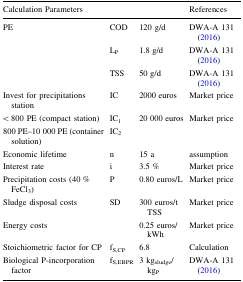
<table><thead><tr><td><b>Calculation Parameters</b></td><td></td><td></td><td><b>References</b></td></tr></thead><tbody><tr><td>PE</td><td>COD</td><td>120 g/d</td><td>DWA-A 131 (2016)</td></tr><tr><td></td><td>L<sub>P</sub></td><td>1.8 g/d</td><td>DWA-A 131 (2016)</td></tr><tr><td></td><td>TSS</td><td>50 g/d</td><td>DWA-A 131 (2016)</td></tr><tr><td>Invest for precipitations station</td><td>IC</td><td>2000 euros</td><td>Market price</td></tr><tr><td>&lt; 800 PE (compact station)</td><td>IC<sub>1</sub></td><td>20 000 euros</td><td>Market price</td></tr><tr><td>800 PE–10 000 PE (container solution)</td><td>IC<sub>2</sub></td><td></td><td></td></tr><tr><td>Economic lifetime</td><td>n</td><td>15 a</td><td>assumption</td></tr><tr><td>Interest rate</td><td>i</td><td>3.5 %</td><td>Market price</td></tr><tr><td>Precipitation costs (40 % FeCl<sub>3</sub>)</td><td>P</td><td>0.80 euros/L</td><td>Market price</td></tr><tr><td>Sludge disposal costs</td><td>SD</td><td>300 euros/t TSS</td><td>Market price</td></tr><tr><td>Energy costs</td><td></td><td>0.25 euros/kWh</td><td>Market price</td></tr><tr><td>Stoichiometric factor for CP</td><td>f<sub>S,CP</sub></td><td>6.8</td><td>Calculation</td></tr><tr><td>Biological P-incorporation factor</td><td>f<sub>S,EBPR</sub></td><td>3 kg<sub>sludge</sub>/kg<sub>P</sub></td><td>DWA-A 131 (2016)</td></tr></tbody></table>